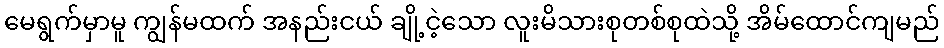
မေရွက်မှာမူ ကျွန်မထက် အနည်းငယ် ချို့ငဲ့သော လူးမိသားစုတစ်စုထဲသို့ အိမ်ထောင်ကျမည်